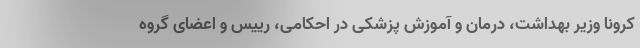
کرونا وزیر بهداشت، درمان و آموزش پزشکی در احکامی، رییس و اعضای گروه